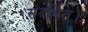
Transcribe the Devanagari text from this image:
संदर्भित।